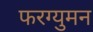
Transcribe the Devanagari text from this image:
फरग्युमन